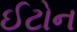
ઈટોન